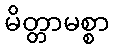
မိတ္တာမစ္စာ